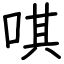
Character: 唭